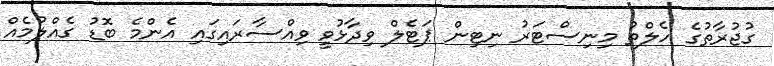
ގުޖުރާތުގެ ހެލްތު މިނިސްޓަރު ނިޓިން ޕަޓެލް ވިދާޅުވީ ވިއްސާރައިގައި އެންމެ ބޮޑު ގެއްލުމެއް